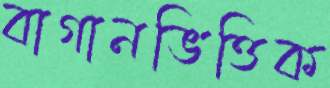
বাগানভিত্তিক